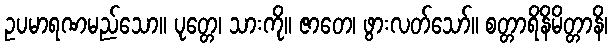
ဥပမာရဏမည်သော။ ပုတ္တေ၊ သားကို။ ဇာတေ၊ ဖွားလတ်သော်။ စတ္တာရိနိမိတ္တာနိ၊